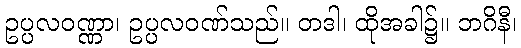
ဥပ္ပလဝဏ္ဏာ၊ ဥပ္ပလဝဏ်သည်။ တဒါ၊ ထိုအခါ၌။ ဘဂိနီ၊